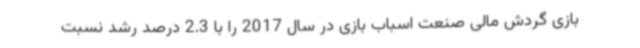
بازی گردش مالی صنعت اسباب بازی در سال 2017 را با 2.3 درصد رشد نسبت